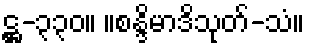
ဋ္ဌ-၃၃၀။ ။စန္ဒိမာဒိသုတ်-သံ။